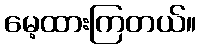
မေ့ထားကြတယ်။